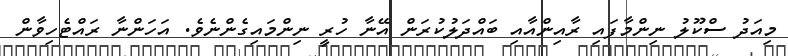
މިއަދު ސްކޫލު ނިންމާފައި ރާއިންއާއި ބައްދަލުކުރަން އޭނާ ހުރީ ނިންމައިގެންނެވެ. އަހަންނާ ރައްޓެހިވާން